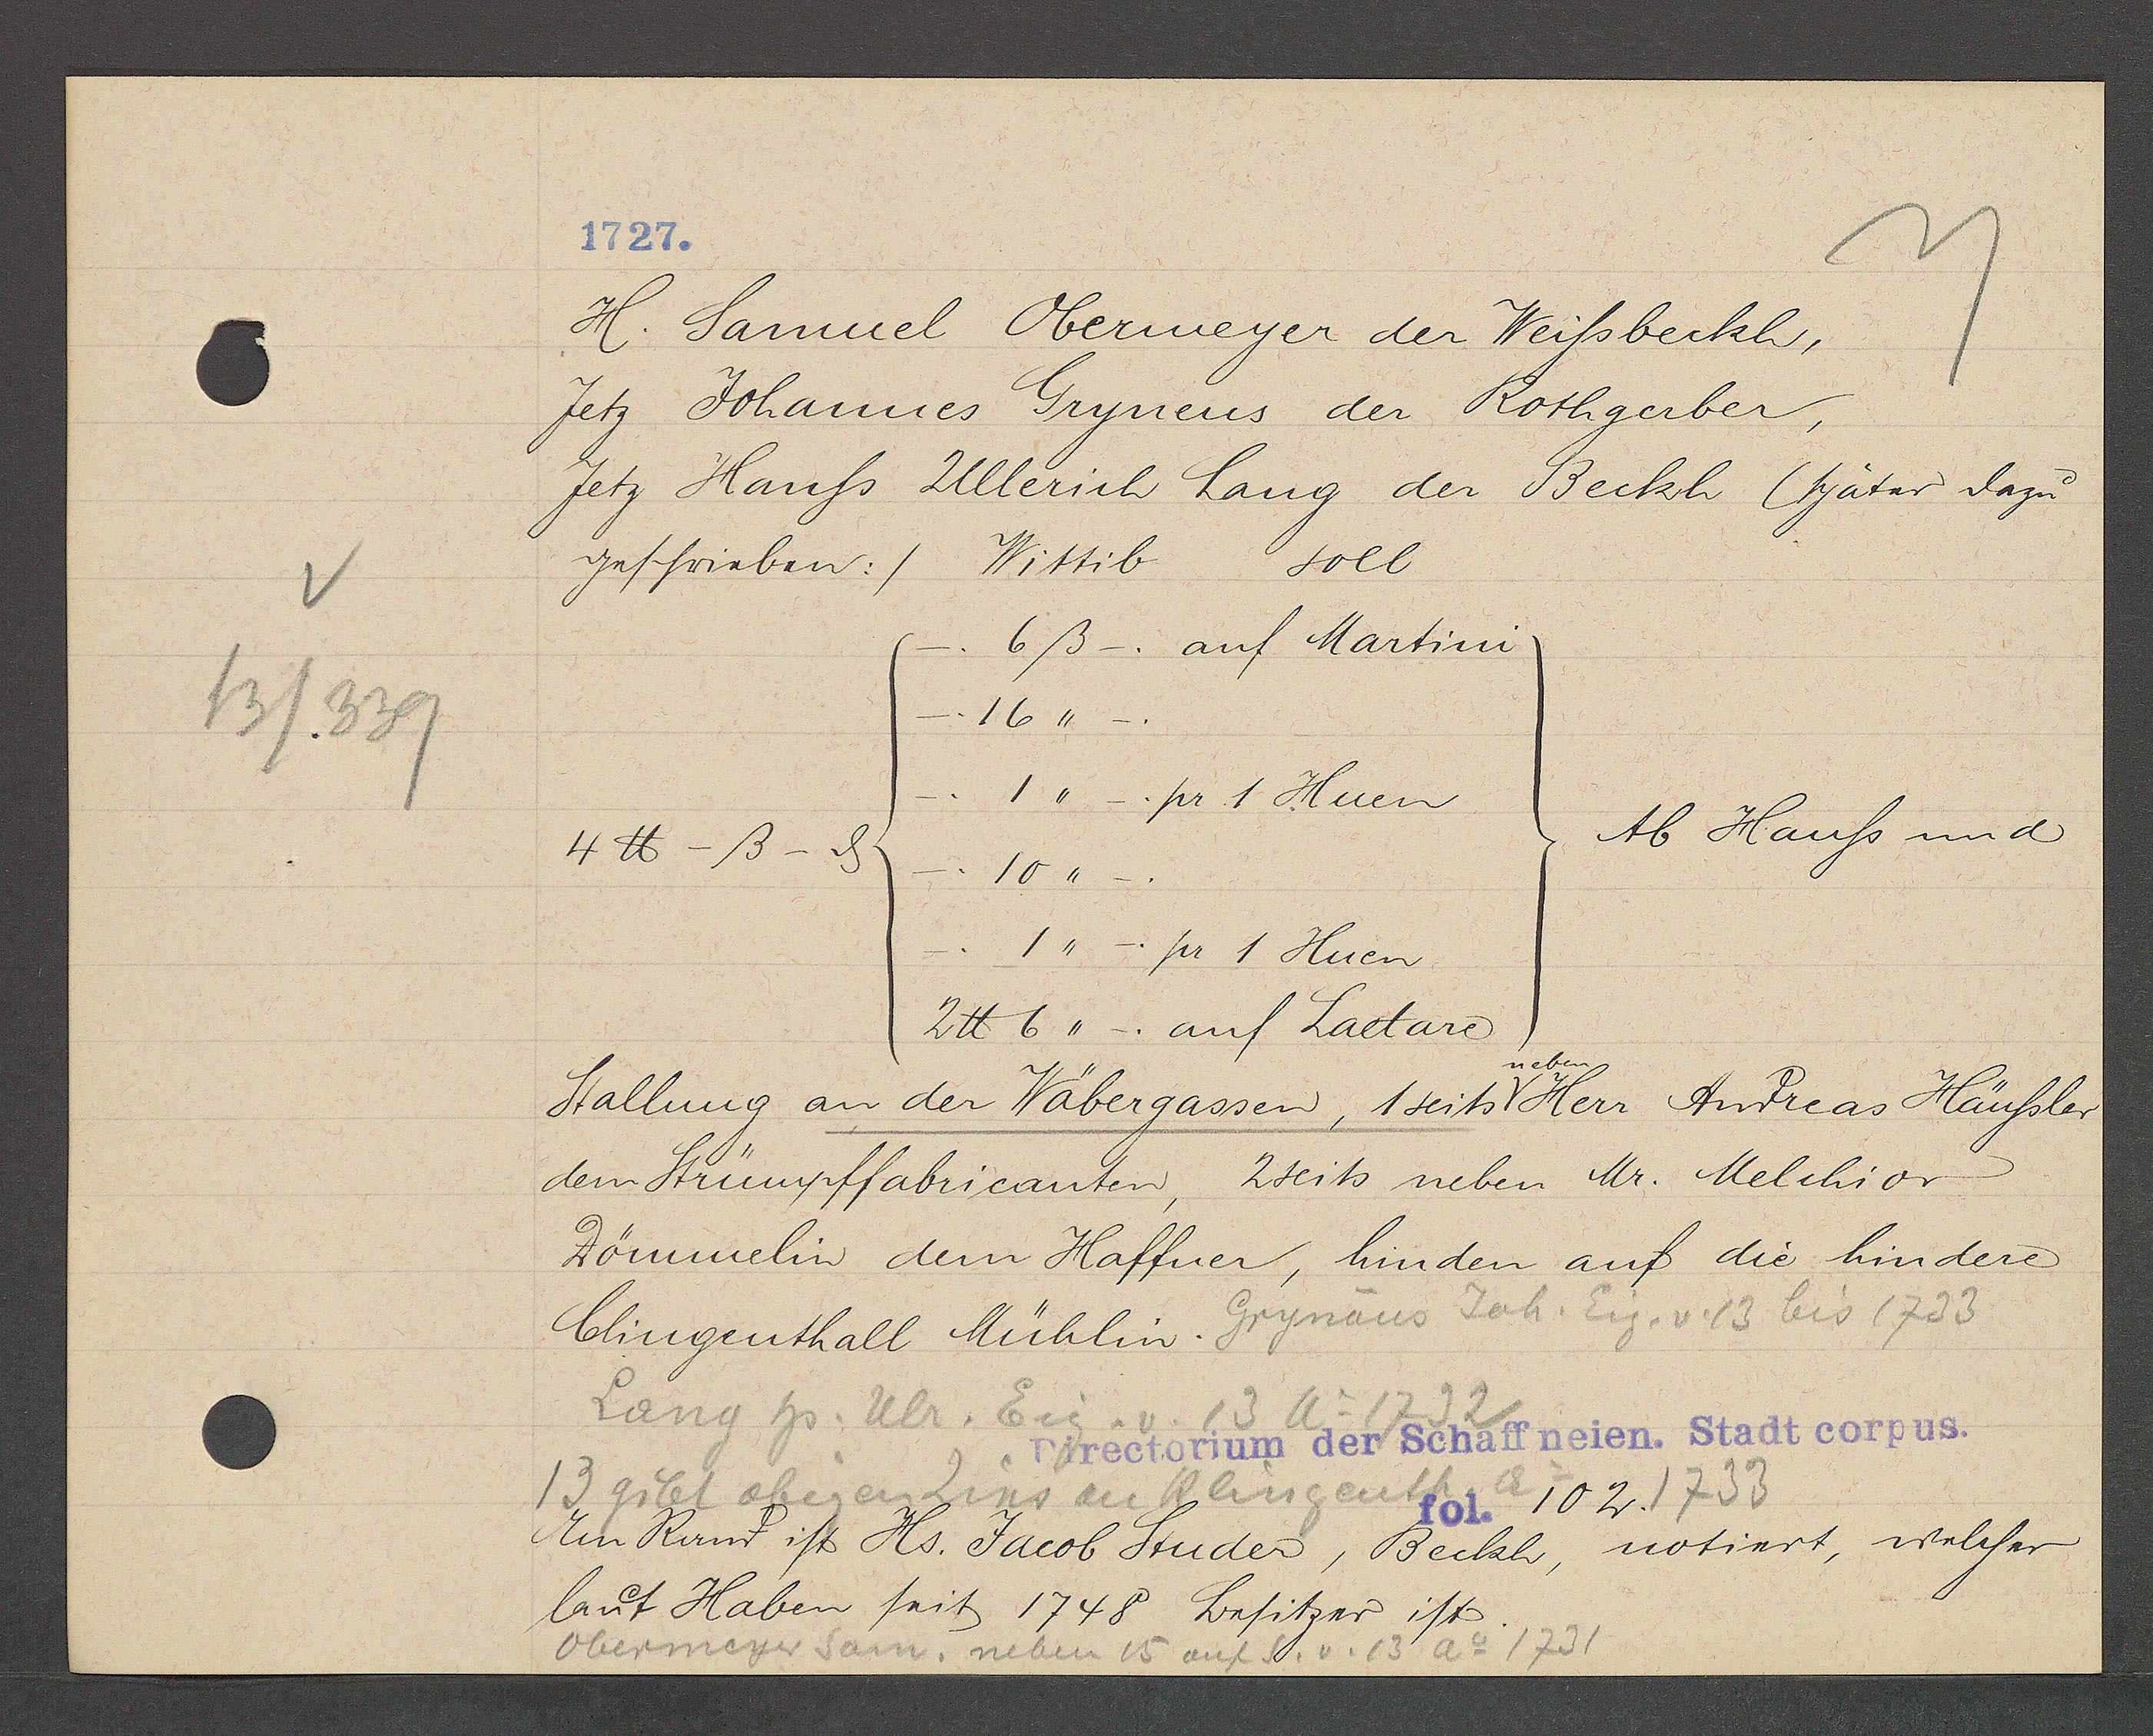
Transcript:
13/339

1727.

H. Samuel Obermeyer der Weissbeckh,
Jetz Johannes Grynens der Rothgerber,
Jetz Hanss Ullerich Lang der Beckh (später dazu
geschrieben:)
Wittib soll
6ß -. auf Martini
16,,_.
.1 ,, _. pr 1 Huen
Ab Hauss und
4℔ -ß- ȡ
_.10 "_
1,, -. pr 1 Huen
2℔ 6,,_. auf Laetare
neben
Stallung an der Wäbergassen, 1seits Herr Andreas Häussler
dem Strümpffabricanten, 2seits neben Mr. Melchior
Dömmelin dem Haffner, hinden auf die hindere
Clingenthall Mühlin.

Lang hs. Ulr. Eig. v. 13 ao 1792

13 gibt obigen  Zins an Klingenth ao
1733

Obermeyer Sam. neben 15 auf S. v. 13 ao 1731

Gynaus Joh. Eig. v. 13 bis 1733

Directorium der Schaffneien. Stadt corpus.
fol. 102.

Am Rant ist Hs. Jacob Studer, Beckh, notiert, welcher
laut Haben seit 1748 Besitzer ist.